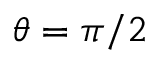
\theta = \pi / 2